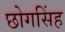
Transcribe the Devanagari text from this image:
छोगसिंह